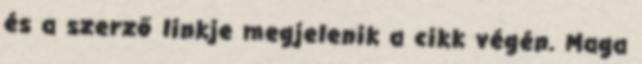
és a szerző linkje megjelenik a cikk végén. Maga